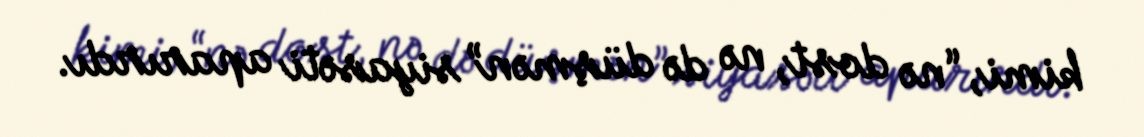
kimi, “nə dost, nə də düşmən” siyasəti aparırdı.